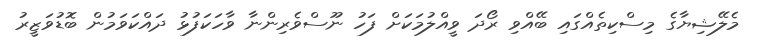
މެލޭޝިޔާގެ މިސްކިތެއްގައި ބޭއްވި ރޯދަ ވީއްލުމަކަށް ފަހު ނޫސްވެރިންނާ ވާހަކަފުޅު ދައްކަވަމުން ބޮޑުވަޒީރު